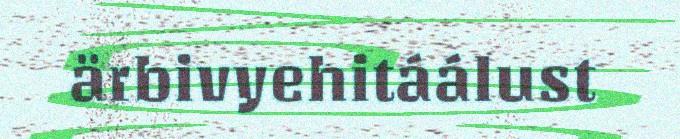
ärbivyehitáálust